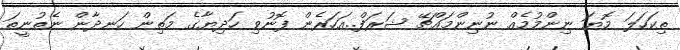
ތިކަހަލަ މޮޔަ ނިންމުމެއް ނުނިންމައްޗޭ ޝަރަފް..އަހަރެން ފޮނުވި ހަދިޔާގެ މަތިން ހަނދާން ނެތުނީތަ